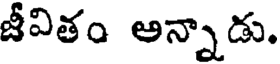
జీవితం అన్నాడు.